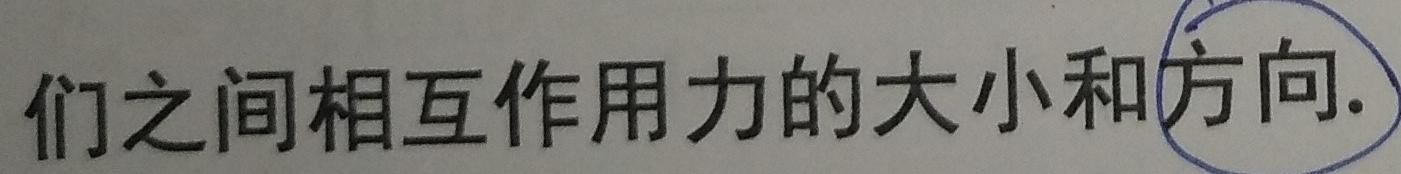
们之间相互作用力的大小和方向.